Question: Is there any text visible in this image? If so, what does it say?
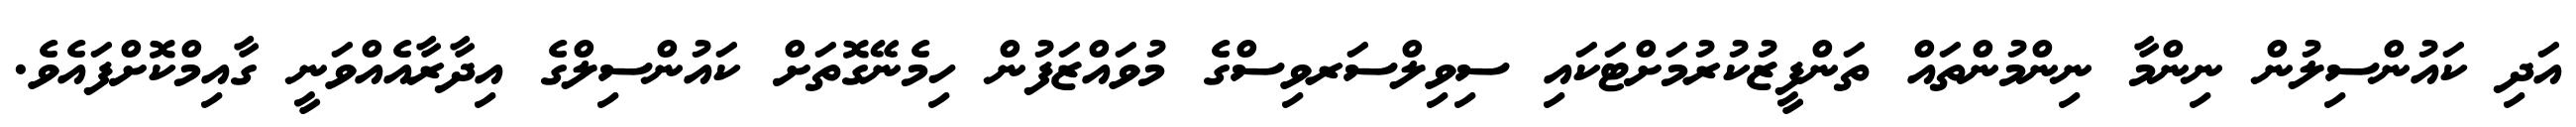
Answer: އަދި ކައުންސިލުން ނިންމާ ނިންމުންތައް ތަންފީޒުކުރުމަށްޓަކައި ސިވިލްސަރވިސްގެ މުވައްޒަފުން ހިމެނޭގޮތަށް ކައުންސިލްގެ އިދާރާއެއްވަނީ ގާއިމްކޮށްފައެވެ.